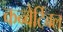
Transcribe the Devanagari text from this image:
कन्वेर्टिबल